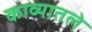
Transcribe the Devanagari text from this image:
काव्यातले